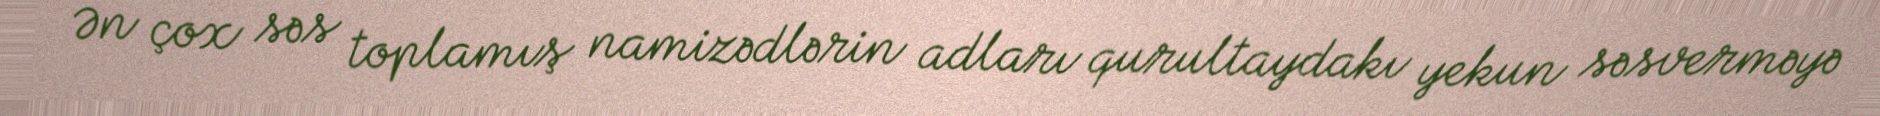
Ən çox səs toplamış namizədlərin adları qurultaydakı yekun səsverməyə